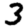
Digit: 3